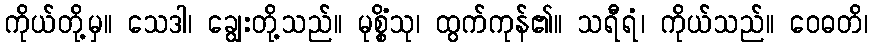
ကိုယ်တို့မှ။ သေဒါ၊ ချွေးတို့သည်။ မုစ္စိံသု၊ ထွက်ကုန်၏။ သရီရံ၊ ကိုယ်သည်။ ဝေဓတိ၊